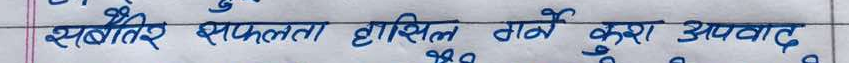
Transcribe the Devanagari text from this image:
सफलता हासिल गर्ने कुरा अपवाद